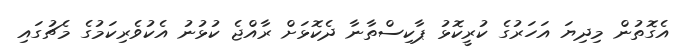
އެގޮތުން މިދިޔަ އަހަރުގެ ކުރީކޮޅު ޕާކިސްތާނާ ދެކޮޅަށް ރާއްޖެ ކުޅުނު އެކުވެރިކަމުގެ މެޗުގައި